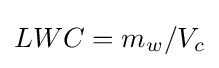
LWC=m_{w}/V_{c}